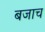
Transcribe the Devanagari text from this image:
बजाच